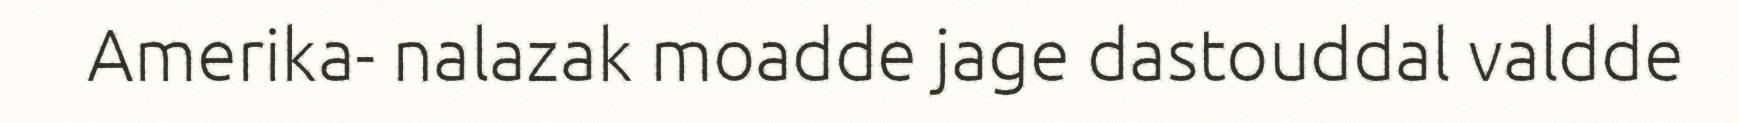
Amerika- nalazak moadde jage dastouddal valdde